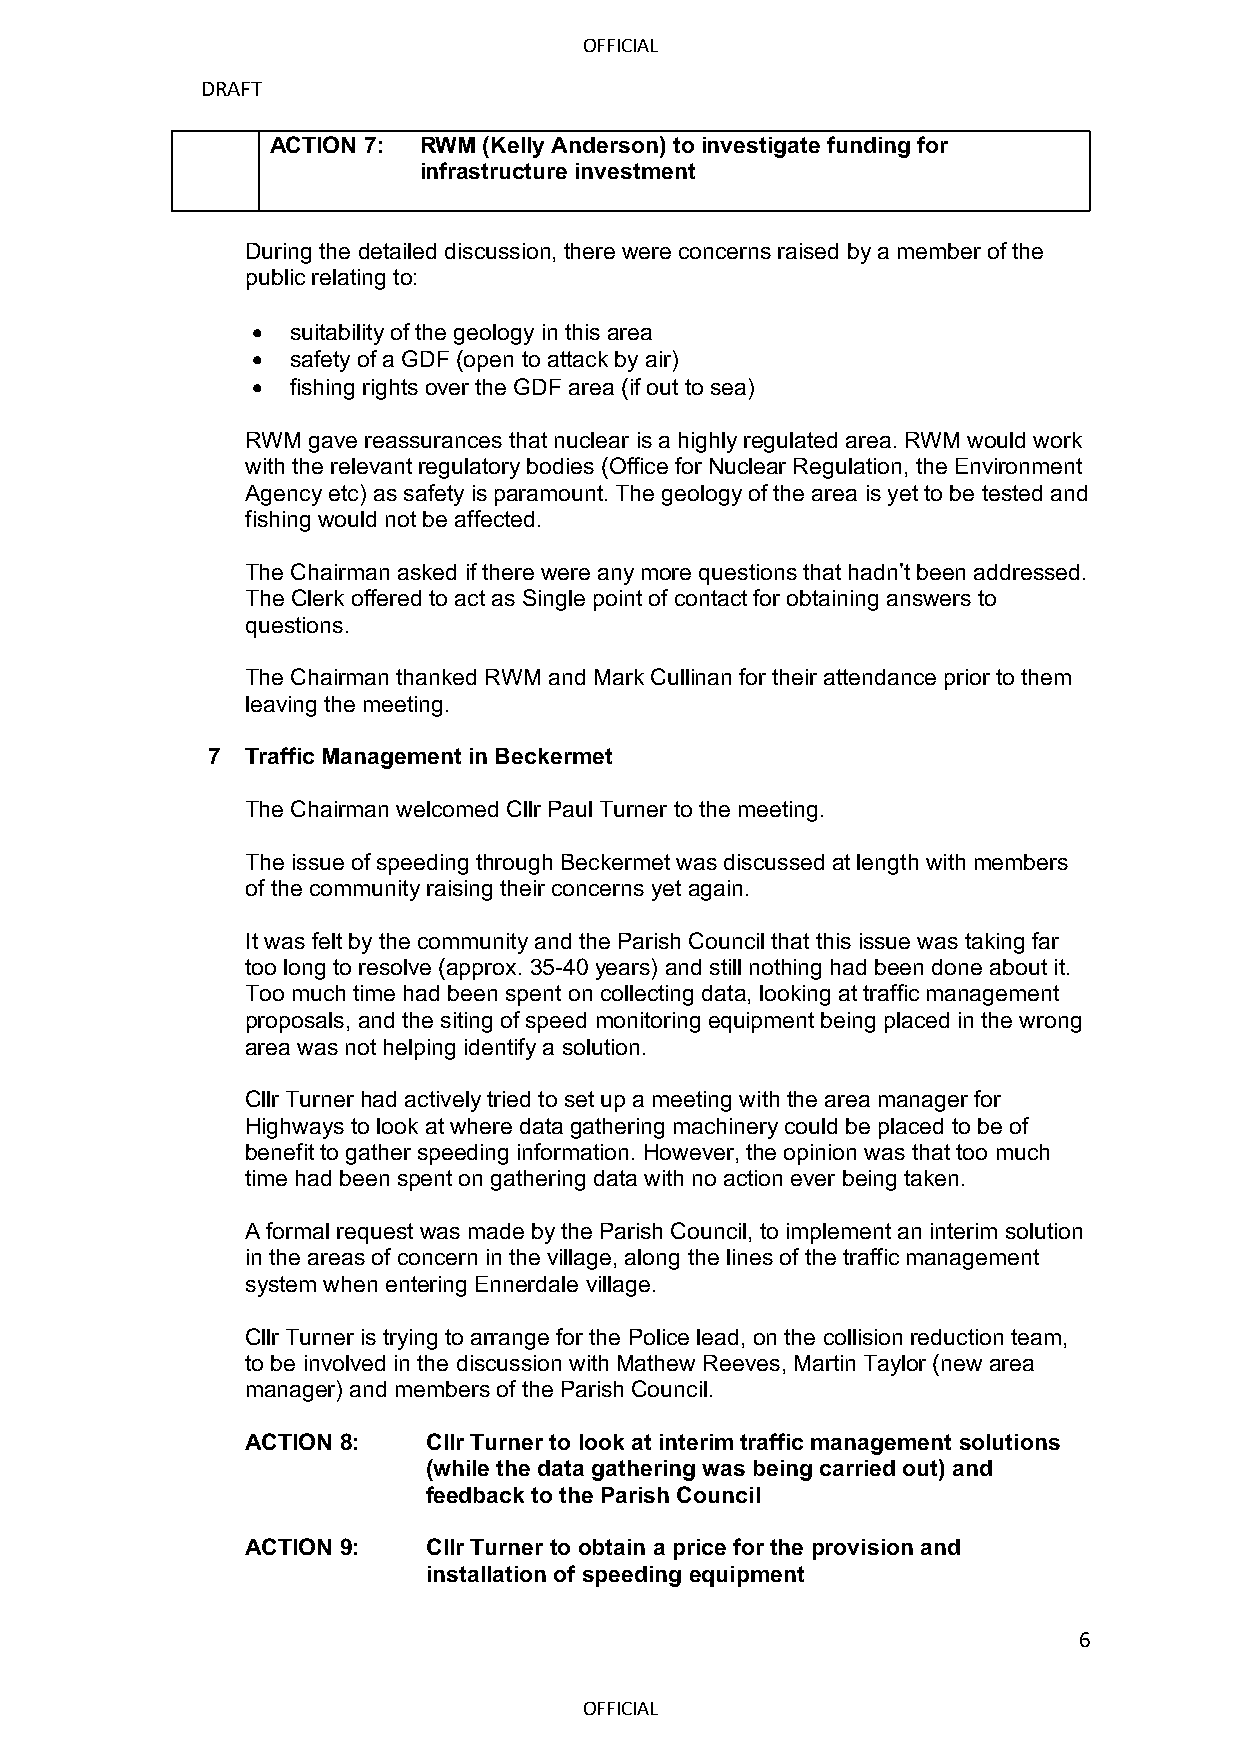
OFFICIAL
 DRAFT
 ACTION 7: RWM (Kelly Anderson) to investigate funding for
 infrastructure investment
 During the detailed discussion, there were concerns raised by a member of the
 public relating to:
 • suitability of the geology in this area
 • safety of a GDF (open to attack by air)
 • fishing rights over the GDF area (if out to sea)
 RWM gave reassurances that nuclear is a highly regulated area. RWM would work
 with the relevant regulatory bodies (Office for Nuclear Regulation, the Environment
 Agency etc) as safety is paramount. The geology of the area is yet to be tested and
 fishing would not be affected.
 The Chairman asked if there were any more questions that hadn’t been addressed.
 The Clerk offered to act as Single point of contact for obtaining answers to
 questions.
 The Chairman thanked RWM and Mark Cullinan for their attendance prior to them
 leaving the meeting.
 7 Traffic Management in Beckermet
 The Chairman welcomed Cllr Paul Turner to the meeting.
 The issue of speeding through Beckermet was discussed at length with members
 of the community raising their concerns yet again.
 It was felt by the community and the Parish Council that this issue was taking far
 too long to resolve (approx. 35-40 years) and still nothing had been done about it.
 Too much time had been spent on collecting data, looking at traffic management
 proposals, and the siting of speed monitoring equipment being placed in the wrong
 area was not helping identify a solution.
 Cllr Turner had actively tried to set up a meeting with the area manager for
 Highways to look at where data gathering machinery could be placed to be of
 benefit to gather speeding information. However, the opinion was that too much
 time had been spent on gathering data with no action ever being taken.
 A formal request was made by the Parish Council, to implement an interim solution
 in the areas of concern in the village, along the lines of the traffic management
 system when entering Ennerdale village.
 Cllr Turner is trying to arrange for the Police lead, on the collision reduction team,
 to be involved in the discussion with Mathew Reeves, Martin Taylor (new area
 manager) and members of the Parish Council.
 ACTION 8:   Cllr Turner to look at interim traffic management solutions
 (while the data gathering was being carried out) and
 feedback to the Parish Council
 ACTION 9:   Cllr Turner to obtain a price for the provision and
 installation of speeding equipment
 6
 OFFICIAL